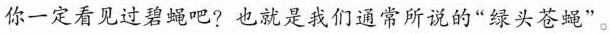
你一定看见过碧蝇吧? 也就是我们通常所说的“绿头苍蝇”。